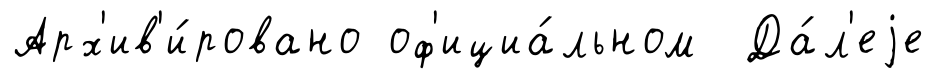
Арх'ив'и́ровано оф'ициа́льном Да́л'еjе